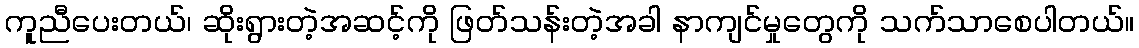
ကူညီပေးတယ်၊ ဆိုးရွားတဲ့အဆင့်ကို ဖြတ်သန်းတဲ့အခါ နာကျင်မှုတွေကို သက်သာစေပါတယ်။